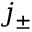
j _ { \pm }